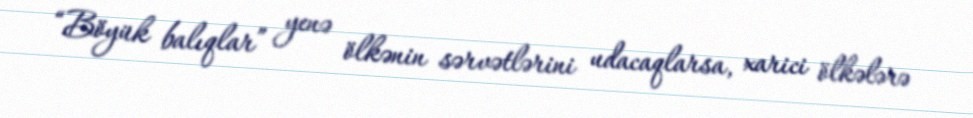
“Böyük balıqlar” yenə ölkənin sərvətlərini udacaqlarsa, xarici ölkələrə